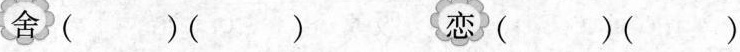
舍( )(（ ）恋( )（ ）